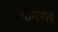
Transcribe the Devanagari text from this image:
बाथरोब